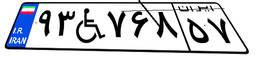
۹۳W۷۶۸۵۷